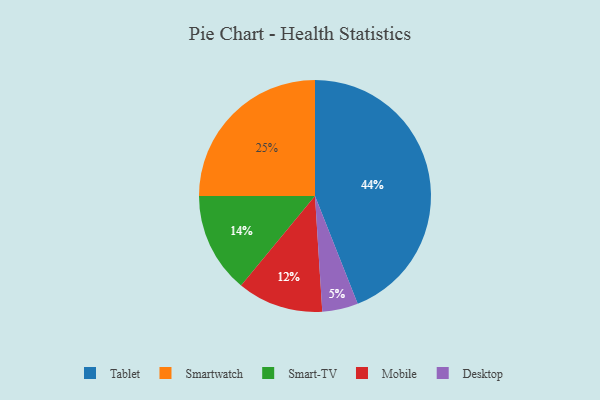
{"axis": {"x": "Category", "y": "Percentage"}, "legend": ["Desktop", "Mobile", "Smart-TV", "Smartwatch", "Tablet"], "data": [{"x": "Smartwatch", "y": 25, "type": "Smartwatch"}, {"x": "Smart-TV", "y": 14, "type": "Smart-TV"}, {"x": "Mobile", "y": 12, "type": "Mobile"}, {"x": "Desktop", "y": 5, "type": "Desktop"}, {"x": "Tablet", "y": 44, "type": "Tablet"}]}